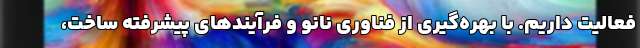
فعالیت داریم. با بهره‌گیری از فناوری نانو و فرآیندهای پیشرفته ساخت،